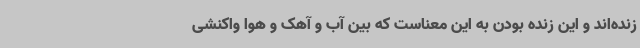
زنده‌اند و این زنده‌ بودن به این معناست که بین آب و آهک و هوا واکنشی